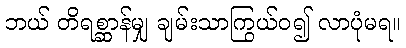
ဘယ် တိရစ္ဆာန်မျှ ချမ်းသာကြွယ်ဝ၍ လာပုံမရ။